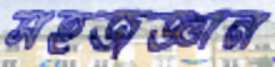
সহজজ্ঞান